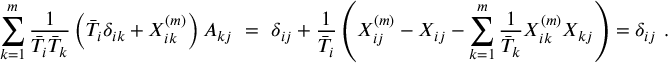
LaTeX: \sum _ { k = 1 } ^ { m } { \frac { 1 } { \bar { T } _ { i } \bar { T } _ { k } } } \left( \bar { T } _ { i } \delta _ { i k } + X _ { i k } ^ { ( m ) } \right) A _ { k j } \ = \ \delta _ { i j } + { \frac { 1 } { { \bar { T } } _ { i } } } \left( X _ { i j } ^ { ( m ) } - X _ { i j } - \sum _ { k = 1 } ^ { m } { \frac { 1 } { { \bar { T } } _ { k } } } X _ { i k } ^ { ( m ) } X _ { k j } \right) = \delta _ { i j } \ .